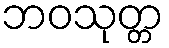
ဘဝသုတ္တ